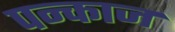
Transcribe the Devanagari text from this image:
पन्काज